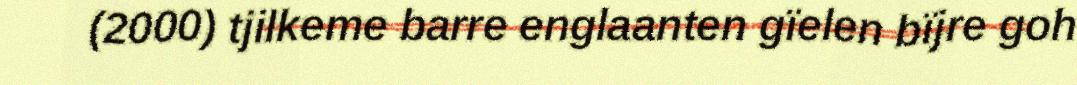
(2000) tjilkeme barre englaanten gïelen bïjre goh